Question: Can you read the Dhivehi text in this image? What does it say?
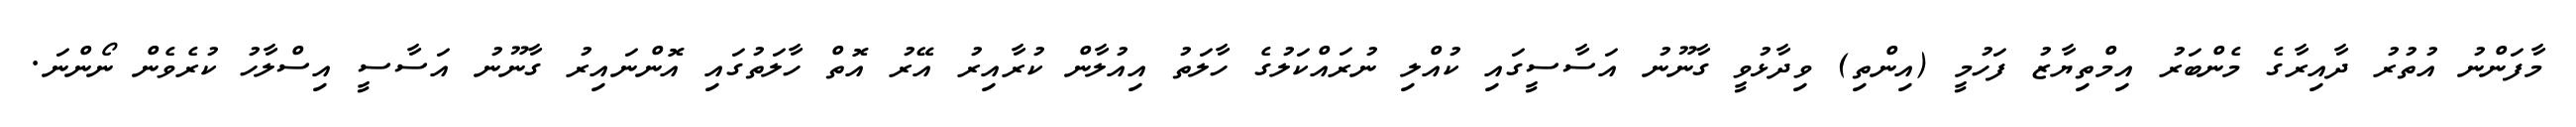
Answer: މާފަންނު އުތުރު ދާއިރާގެ މެންބަރު އިމްތިޔާޒު ފަހުމީ (އިންތި) ވިދާޅުވީ ގާނޫނު އަސާސީގައި ކުއްލި ނުރައްކަލުގެ ހާލަތު އިއުލާން ކުރާއިރު އޭރު އޮތް ހާލަތުގައި އޮންނައިރު ގާނޫނު އަސާސީ އިސްލާހު ކުރެވެން ނޯންނަ.